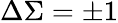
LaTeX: \Delta\Sigma=\pm 1